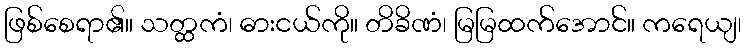
ဖြစ်စေရာ၏။ သတ္ထကံ၊ ဓားငယ်ကို။ တိခိဏံ၊ မြမြထက်အောင်။ ကရေယျ၊